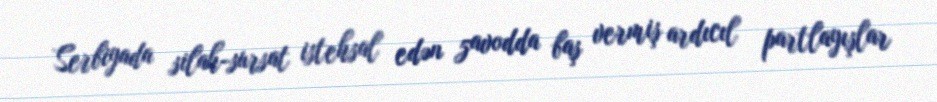
Serbiyada silah-sursat istehsal edən zavodda baş vermiş ardıcıl partlayışlar